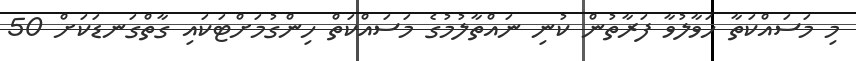
މި މަސައްކަތާ ހަވާލުވާ ފަރާތުން ކުނި ނައްތާލުމުގެ މަސައްކަތް ހިންގުމަށްޓަކައި ގާތްގަނޑަކަށް 50